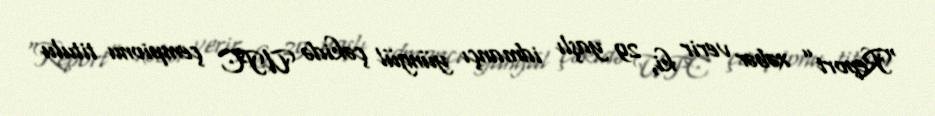
“Report” xəbər verir ki, 29 yaşlı idmançı yüngül çəkidə UFC çempionu titulu